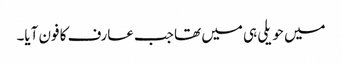
میں حویلی ہی میں تھا جب عارف کا فون آیا۔